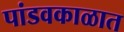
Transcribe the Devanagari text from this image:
पांडवकाळात